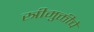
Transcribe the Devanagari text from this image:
स्त्रीमुक्तीचे